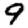
Digit: 9